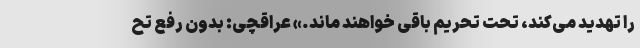
را تهدید می‌کند، تحت تحریم باقی خواهند ماند.» عراقچی: بدون رفع تح